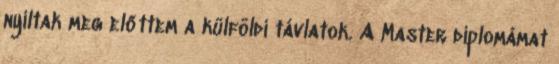
nyíltak meg előttem a külföldi távlatok. A Master diplomámat